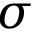
\sigma